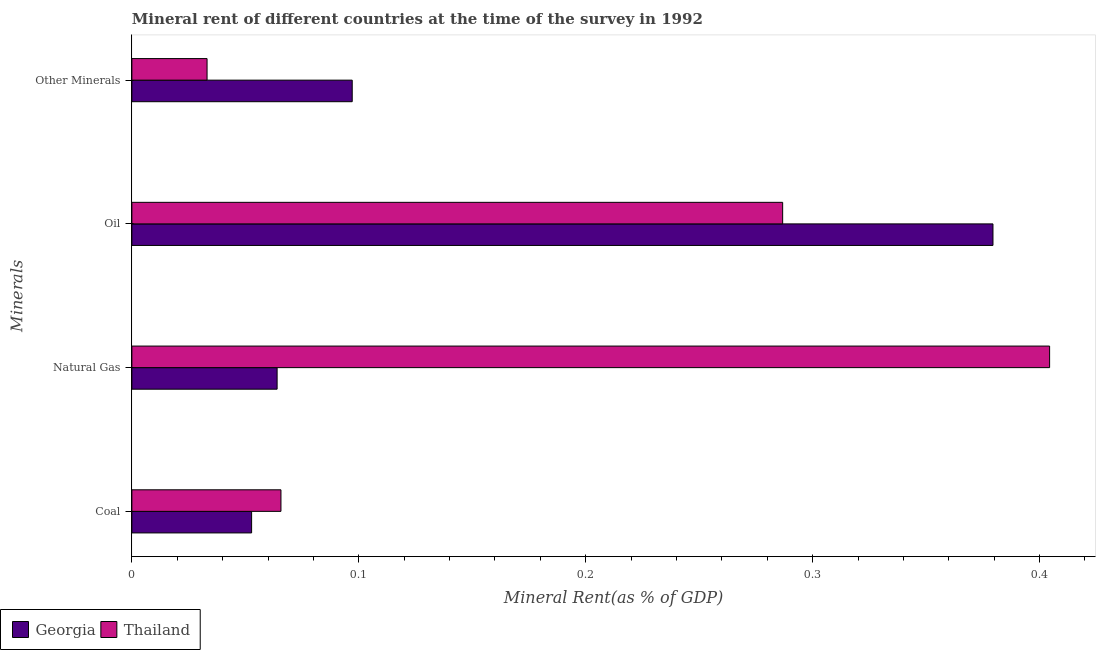
| Minerals | Georgia | Thailand |
 | --- | --- | --- |
 | Coal | 0.0528 | 0.0657 |
 | Natural Gas | 0.064 | 0.404 |
 | Oil | 0.379 | 0.287 |
 | Other Minerals | 0.0971 | 0.0331 |